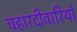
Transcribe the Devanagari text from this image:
चहारदीवारियाँ